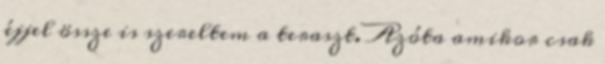
éjjel össze is szereltem a teraszt. Azóta amikor csak